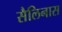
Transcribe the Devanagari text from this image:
सैलिनास